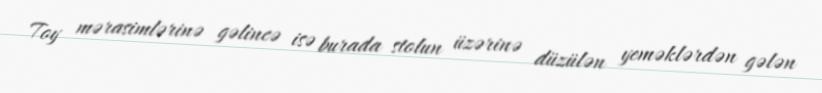
Toy mərasimlərinə gəlincə isə burada stolun üzərinə düzülən yeməklərdən gələn